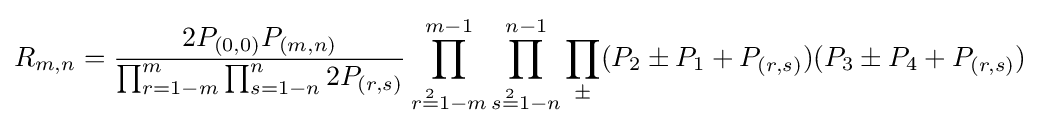
R_{m,n}={\frac {2P_{(0,0)}P_{(m,n)}}{\prod _{r=1-m}^{m}\prod _{s=1-n}^{n}2P_{(r,s)}}}\prod _{r{\overset {2}{=}}1-m}^{m-1}\prod _{s{\overset {2}{=}}1-n}^{n-1}\prod _{\pm }(P_{2}\pm P_{1}+P_{(r,s)})(P_{3}\pm P_{4}+P_{(r,s)})\